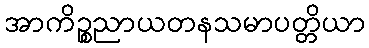
အာကိဉ္စညာယတနသမာပတ္တိယာ